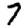
Digit: 7